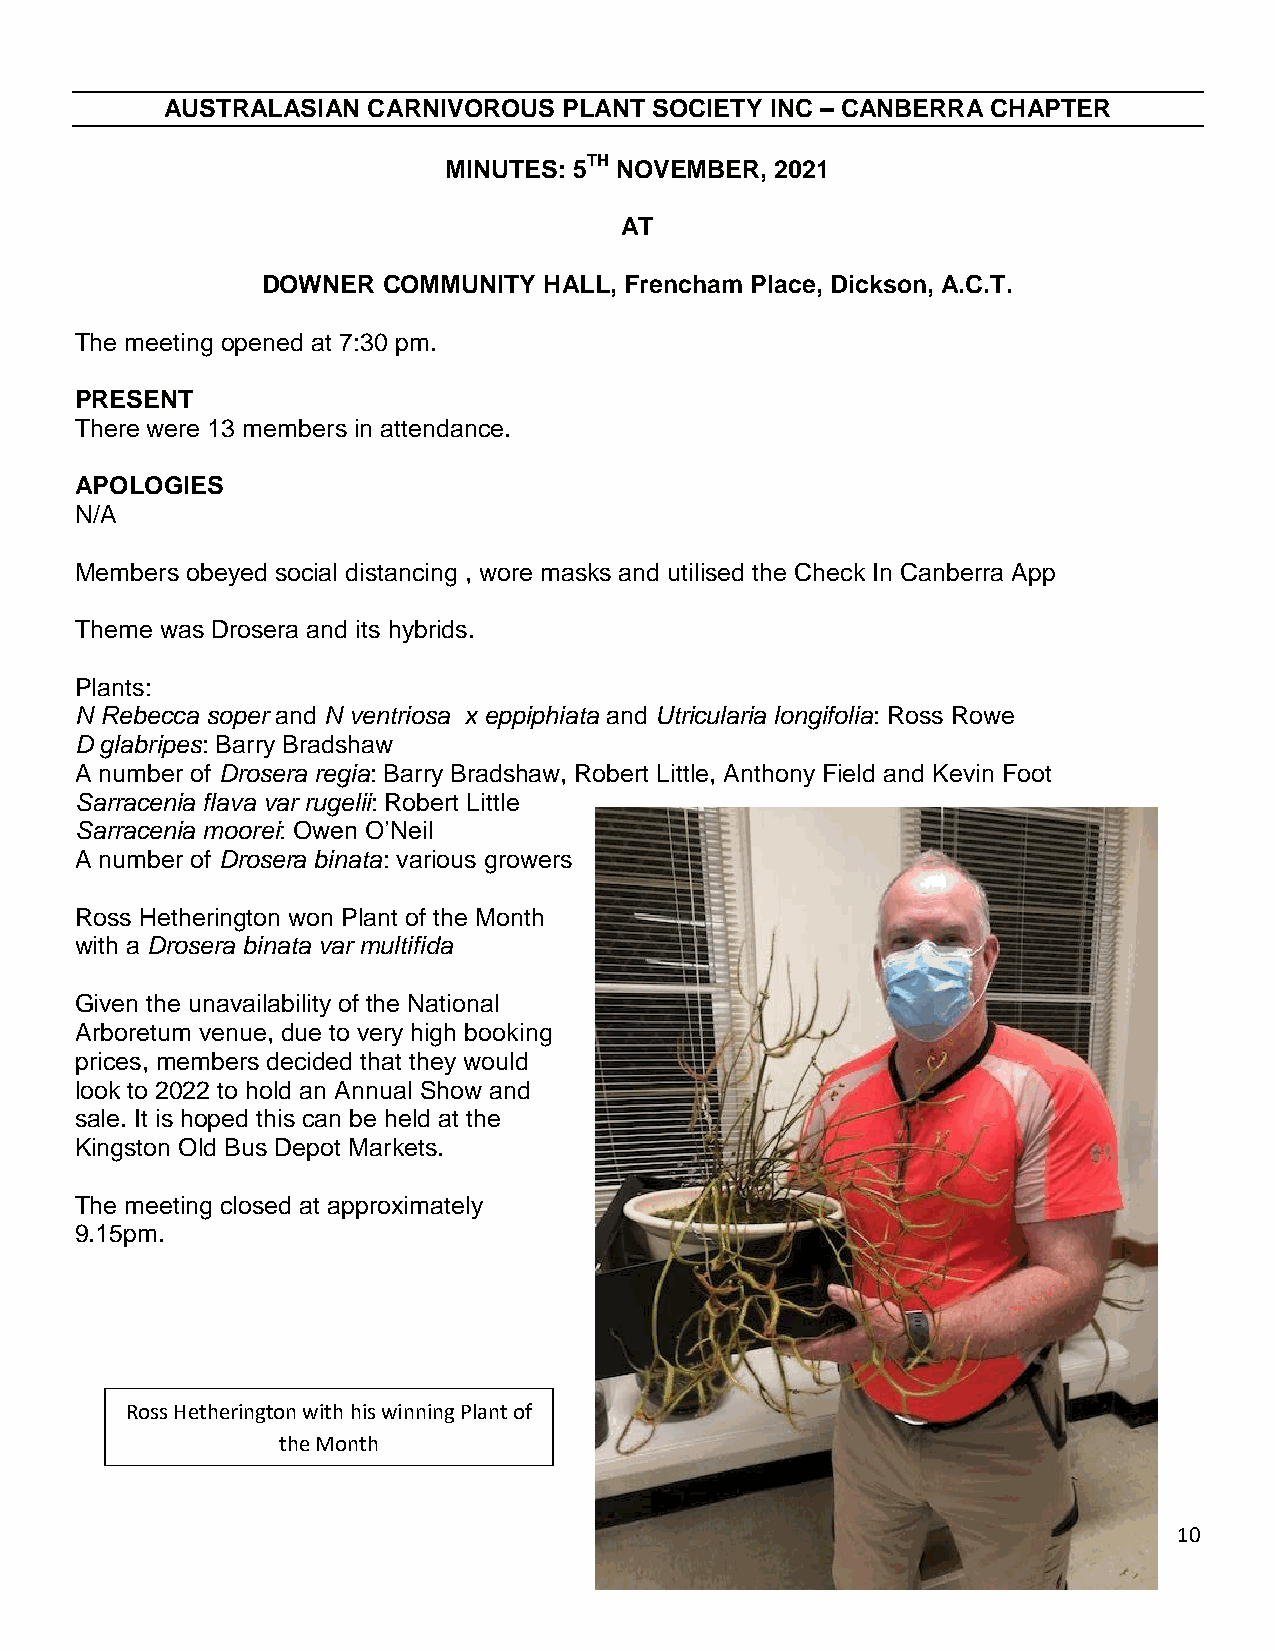
AUSTRALASIAN CARNIVOROUS  PLANT SOCIETY INC – CANBERRA CHAPTER
 MINUTES: 5TH NOVEMBER, 2021
 AT
 DOWNER  COMMUNITY  HALL, Frencham Place, Dickson, A.C.T.
 The meeting opened at 7:30 pm.
 PRESENT
 There were 13 members in attendance.
 APOLOGIES
 N/A
 Members obeyed social distancing , wore masks and utilised the Check In Canberra App
 Theme was Drosera and its hybrids.
 Plants:
 N Rebecca soper and N ventriosa x eppiphiata and Utricularia longifolia: Ross Rowe
 D glabripes: Barry Bradshaw
 A number of Drosera regia: Barry Bradshaw, Robert Little, Anthony Field and Kevin Foot
 Sarracenia flava var rugelii: Robert Little
 Sarracenia moorei: Owen O’Neil
 A number of Drosera binata: various growers
 Ross Hetherington won Plant of the Month
 with a Drosera binata var multifida
 Given the unavailability of the National
 Arboretum venue, due to very high booking
 prices, members decided that they would
 look to 2022 to hold an Annual Show and
 sale. It is hoped this can be held at the
 Kingston Old Bus Depot Markets.
 The meeting closed at approximately
 9.15pm.
 Ross Hetherington with his winning Plant of
 the Month
 10